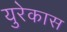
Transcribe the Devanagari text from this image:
युरेकास